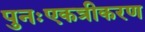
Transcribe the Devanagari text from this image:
पुनःएकत्रीकरण